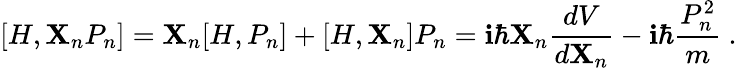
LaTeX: [H,\mathbf{X}_{n}P_{n}]=\mathbf{X}_{n}[H,P_{n}]+[H,\mathbf{X}_{n}]P_{n}=\mathbf{i}\hbar\mathbf{X}_{n}{\frac{{dV}}{{d\mathbf{X}_{n}}}}-\mathbf{i}\hbar{\frac{{P_{n}^{2}}}{{m}}}~.